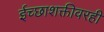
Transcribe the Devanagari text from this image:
ईच्छाशक्तीवरही